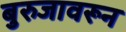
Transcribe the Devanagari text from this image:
बुरुजावरून